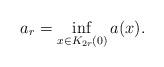
LaTeX: \begin{align*}a_r = \inf_{x\in K_{2r}(0)}a(x).\end{align*}